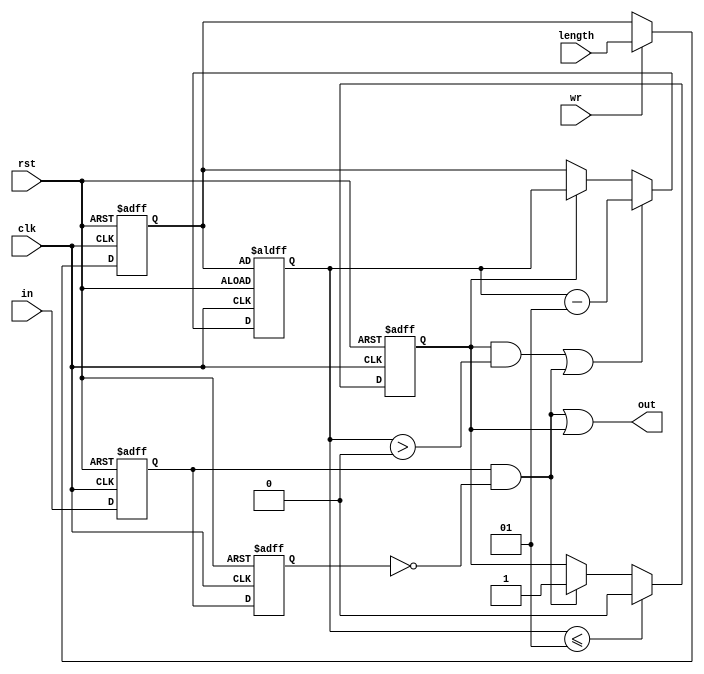
module detector_with_counter(clk, in, length, wr, rst, out);

    input clk, in, wr, rst;
    input [31:0] length;
    output out;

    integer N = 5;
    integer counter;
    reg out_reg = 1'b0;
    reg prev_in = 1'b0;
    reg curr_in = 1'b0;
    wire posedge_in;

    assign out = posedge_in | out_reg;

    // posedge detector
    always @(posedge clk, posedge rst)
        if (rst) begin
            prev_in <= 1'b0;
            curr_in <= 1'b0;
        end
        else begin
            prev_in <= curr_in;
            curr_in <= in;
        end

    assign posedge_in = curr_in & ~prev_in;

    // counter
    always @(posedge clk, posedge rst) begin
        if (rst)
            counter <= N;
        else if (out_reg & counter > 0 | posedge_in)
            counter <= counter - 1;
        else if (~out_reg)
            counter <= N;
    end

    // length register
    always @(posedge clk, posedge rst)
        if (rst)
            N <= 5;
        else if (wr)
            N <= length;

    // output flip-flop
    always @(posedge clk, posedge rst) 
        if (rst)
            out_reg <= 1'b0;
        else if (counter <= 1)
            out_reg <= 1'b0;
        else if (posedge_in)
            out_reg <= 1'b1;

endmodule